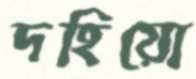
দহিয়ো